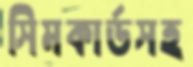
সিমকার্ডসহ